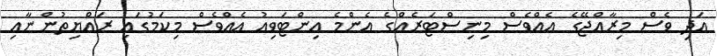
އަދި ވެސް މިރާއްޖޭގެ އެއްވެސް މިނިސްޓަރެއްގެ އެންމެ އިންޓަވިއު އެއްވެސް މިކަމުގައި ރައްޔިތުންނާއި